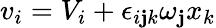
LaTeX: v_{i}=V_{i}+\epsilon_{i\mathbf{j}k}\omega_{\mathbf{j}}x_{k}